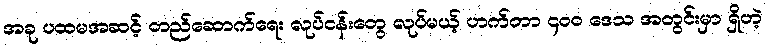
အခု ပထမအဆင့် တည်ဆောက်ရေး လုပ်ငန်းတွေ လုပ်မယ့် ဟက်တာ ၄၀၀ ဒေသ အတွင်းမှာ ရှိတဲ့